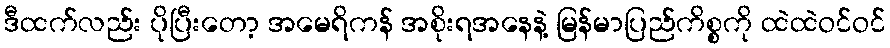
ဒီထက်လည်း ပိုပြီးတော့ အမေရိကန် အစိုးရအနေနဲ့ မြန်မာပြည်ကိစ္စကို ထဲထဲဝင်ဝင်